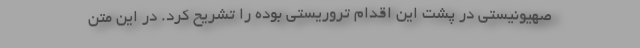
صهیونیستی در پشت این اقدام تروریستی بوده را تشریح کرد. در این متن